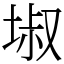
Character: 埱